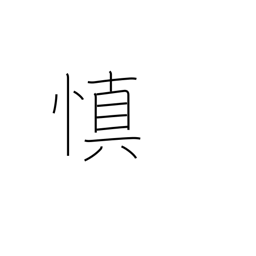
Meaning: prudent